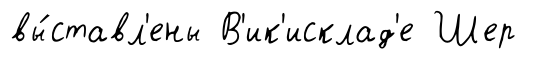
вы́ставл'ены В'ик'исклад'е Шер